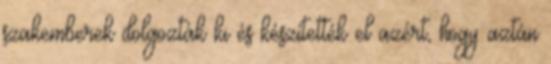
szakemberek dolgozták ki és készítették el azért, hogy aztán